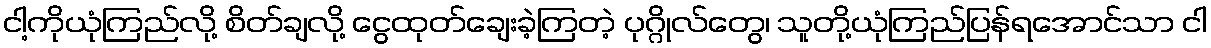
ငါ့ကိုယုံကြည်လို့ စိတ်ချလို့ ငွေထုတ်ချေးခဲ့ကြတဲ့ ပုဂ္ဂိုလ်တွေ၊ သူတို့ယုံကြည်ပြန်ရအောင်သာ ငါ